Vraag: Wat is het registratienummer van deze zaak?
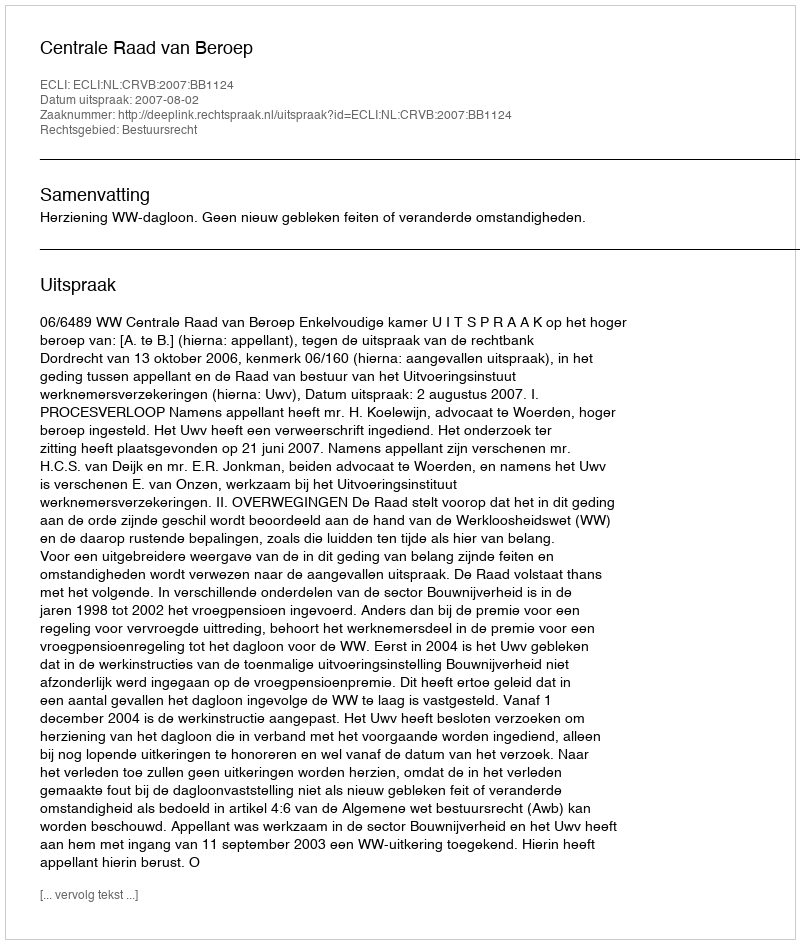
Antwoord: http://deeplink.rechtspraak.nl/uitspraak?id=ECLI:NL:CRVB:2007:BB1124